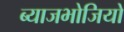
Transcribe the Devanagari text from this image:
ब्याजभोजियों